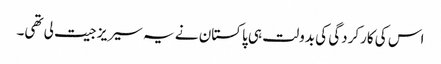
اس کی کارکردگی کی بدولت ہی پاکستان نے یہ سیریز جیت لی تھی۔